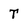
Character: T